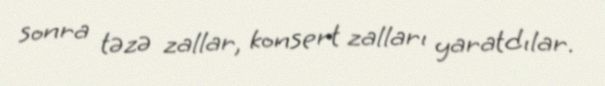
sonra təzə zallar, konsert zalları yaratdılar.